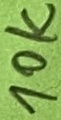
Text: 10K